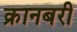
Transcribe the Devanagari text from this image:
क्रानबरी